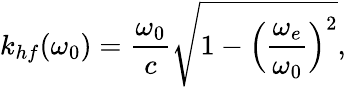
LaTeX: k_{hf}(\omega_{0})=\frac{\omega_{0}}{c}\sqrt{1-\Big(\frac{\omega_{e}}{\omega_{0}}\Big)^{2}},